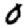
Digit: 0